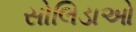
સોલિડાઓ